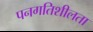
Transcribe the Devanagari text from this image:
पनगतिशीलता